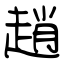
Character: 趙